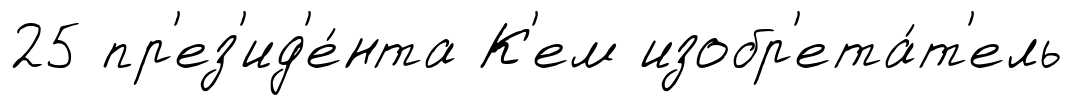
25 пр'ез'ид'е́нта К'ем изобр'ета́т'ель